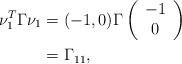
LaTeX: \begin{align*} \nu_1^T \Gamma \nu_1 & = (-1, 0 ) \Gamma \left( \begin{array}{c} -1 \\ 0 \end{array} \right) \\ & = \Gamma_{11} , \end{align*}